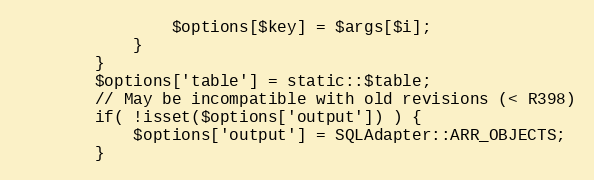
Language: PHP
				$options[$key] = $args[$i];
			}
		}
		$options['table'] = static::$table;
		// May be incompatible with old revisions (< R398)
		if( !isset($options['output']) ) {
			$options['output'] = SQLAdapter::ARR_OBJECTS;
		}